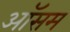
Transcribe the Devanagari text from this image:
ऑसम